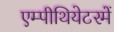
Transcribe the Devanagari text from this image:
एम्पीथियेटरमें